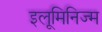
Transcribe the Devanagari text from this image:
इलूमिनिज्म